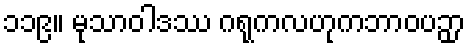
၁၁၉။ မုသာဝါဒဿ ဂရုကလဟုကဘာဝပဉှာ